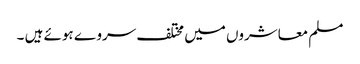
مسلم معاشروں میں مختلف سروے ہوئے ہیں ۔